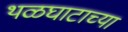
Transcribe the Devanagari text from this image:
थळघाटाच्या